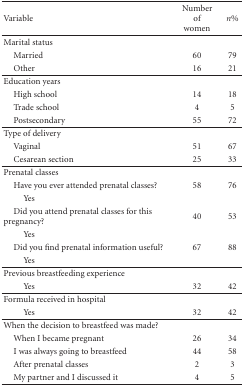
<table><thead><tr><td><b>Variable</b></td><td><b>Number of women</b></td><td><b><i>n</i>%</b></td></tr></thead><tbody><tr><td>Marital status</td><td></td><td></td></tr><tr><td> Married</td><td>60</td><td>79</td></tr><tr><td> Other</td><td>16</td><td>21</td></tr><tr><td>Education years</td><td></td><td></td></tr><tr><td> High school</td><td>14</td><td>18</td></tr><tr><td> Trade school</td><td>4</td><td>5</td></tr><tr><td> Postsecondary</td><td>55</td><td>72</td></tr><tr><td>Type of delivery</td><td></td><td></td></tr><tr><td> Vaginal</td><td>51</td><td>67</td></tr><tr><td> Cesarean section</td><td>25</td><td>33</td></tr><tr><td>Prenatal classes</td><td></td><td></td></tr><tr><td> Have you ever attended prenatal classes?</td><td>58</td><td>76</td></tr><tr><td>Yes</td><td></td><td></td></tr><tr><td> Did you attend prenatal classes for this pregnancy?</td><td>40</td><td>53</td></tr><tr><td>Yes</td><td></td><td></td></tr><tr><td> Did you find prenatal information useful?</td><td>67</td><td>88</td></tr><tr><td>Yes</td><td></td><td></td></tr><tr><td>Previous breastfeeding experience</td><td></td><td></td></tr><tr><td>Yes</td><td>32</td><td>42</td></tr><tr><td>Formula received in hospital</td><td></td><td></td></tr><tr><td>Yes</td><td>32</td><td>42 </td></tr><tr><td>When the decision to breastfeed was made?</td><td></td><td></td></tr><tr><td> When I became pregnant</td><td> 26</td><td>34</td></tr><tr><td> I was always going to breastfeed</td><td>44</td><td>58</td></tr><tr><td> After prenatal classes</td><td>2</td><td>3</td></tr><tr><td> My partner and I discussed it</td><td>4</td><td>5</td></tr></tbody></table>